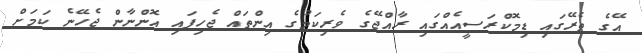
އޭގެ ތެރޭގައި ޑިމޮކްރަސީއެއްގައި ރާއްޖޭގެ ވެރިކަމުގެ އިންތައް ޖެހިފައި އޮންނާން ޖެހޭނެ ކަމަށް